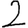
Digit: 2